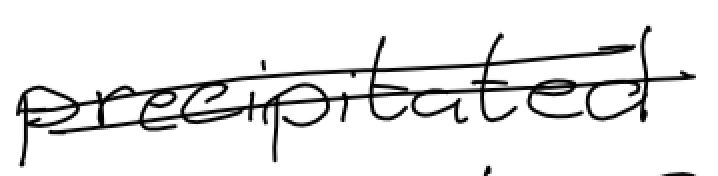
Text: precipitated
Cross-out: double-line
Writing tool: digital_black